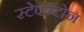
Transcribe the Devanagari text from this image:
स्टेपस्टोन